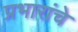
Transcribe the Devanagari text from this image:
प्रभारांचे